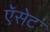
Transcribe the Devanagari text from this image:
ऍसेट